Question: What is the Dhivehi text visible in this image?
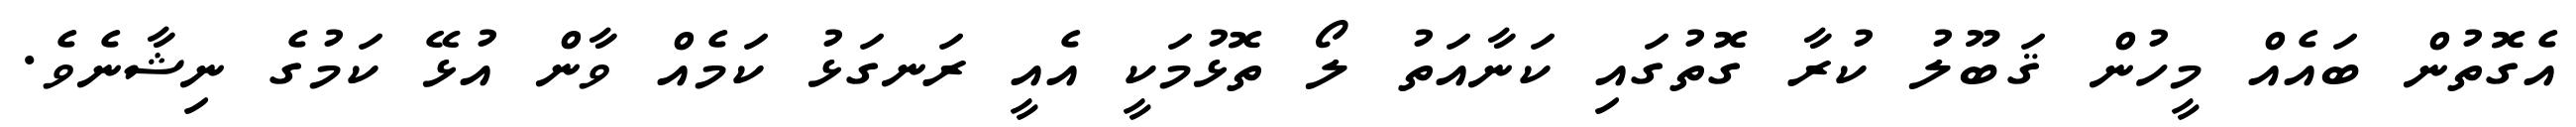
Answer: އެގޮތުން ބައެއް މީހުން ޤަބޫލު ކުރާ ގޮތުގައި ކަނާއަތު ލޯ ތޮޅުމަކީ އެއީ ރަނގަޅު ކަމެއް ވާން އުޅޭ ކަމުގެ ނިޝާނެވެ.